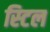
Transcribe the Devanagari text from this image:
स्‍टिल